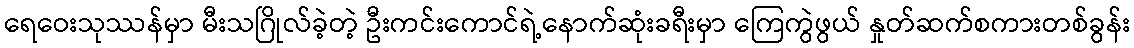
ရေဝေးသုဿန်မှာ မီးသဂြိုလ်ခဲ့တဲ့ ဦးကင်းကောင်ရဲ့နောက်ဆုံးခရီးမှာ ကြေကွဲဖွယ် နှုတ်ဆက်စကားတစ်ခွန်း